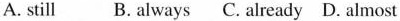
A. still B. always C. already D. almost